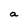
Character: a